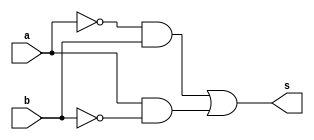
// -------------------------
// Exercicio0006 - XOR
// Nome: Guilherme Alves
// -------------------------
// -------------------------
// -- XOR gate
// -------------------------
module xorgate (output s,input a,
                        input  b);
assign s = ~(a)&b |  a&~(b);
endmodule // notgate
// -------------------------
// -- test XOR gate
// -------------------------
module testxorgate;
// ------------------------- dados locais
   reg    a,b;   // definir registrador
                 // (variavel independente)
   wire   s;   // definir conexao (fio)
                // (variavel dependente  )
// ------------------------- instancia
  xorgate XOR1 (s, a,b);
// ------------------------- preparacao
   initial begin:start
      a=0;
		b=0;    // valor inicial
   end// ------------------------- parte principal
   initial begin
         $display("Exrcicio0006 - Guilherme Alves - 450161");
         $display("Test NAND gate");
			$display("a  b   s");
          a=0;
			 b=0;
  #1   $display(a, "  " ,b,     "   " ,s);
           a= 0;
			  b =1;
  #1   $display(a, "  " ,b,     "   " ,s);
  			a = 1;
			b = 0;
  #1   $display(a, "  " ,b,     "   " ,s);	
			a=1;
			b=1;
  #1   $display(a, "  " ,b,     "   " ,s);
   end
endmodule // testxorgate